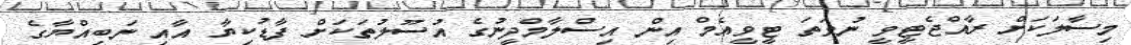
މިސާލަކަށް ރާއްޖެޓީވީ ނުވަތަ ޓީވީއެމް އިން އިސްލާމްދީނުގެ އުސޫލުތަކަށް ފާޑުކިޔާ އާއި ނަބިއްޔާގެ